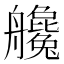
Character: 艬